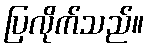
ပြလိုက်သည်။